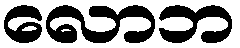
လောဘ